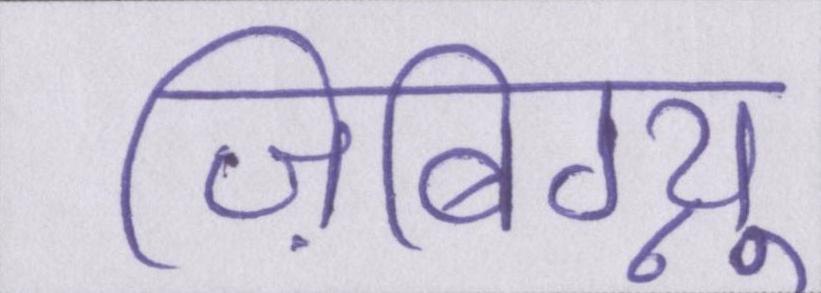
ज़िबिग्न्यू